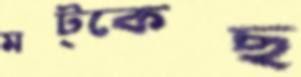
মট্‌কেছ